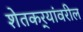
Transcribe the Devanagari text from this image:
शेतकर्‍यांवरील